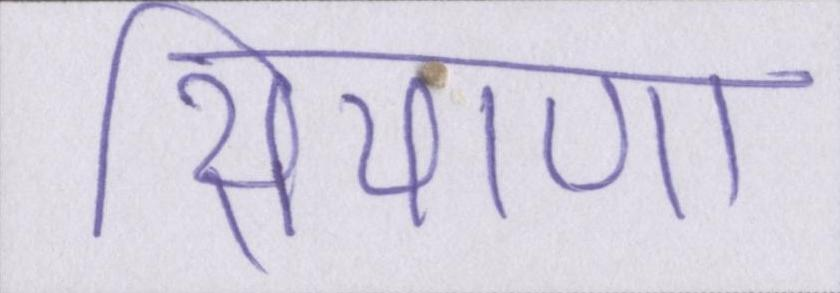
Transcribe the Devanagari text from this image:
सियाणा